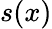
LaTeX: s(x)